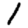
Digit: 1